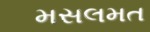
મસલમત